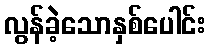
လွန်ခဲ့သောနှစ်ပေါင်း